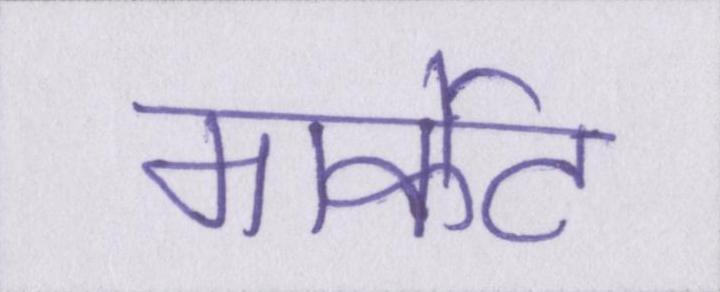
मार्केट